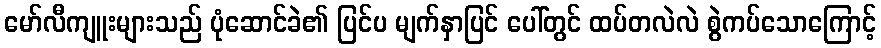
မော်လီကျူးများသည် ပုံဆောင်ခဲ၏ ပြင်ပ မျက်နှာပြင် ပေါ်တွင် ထပ်တလဲလဲ စွဲကပ်သောကြောင့်